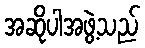
အဆိုပါအဖွဲ့သည်